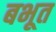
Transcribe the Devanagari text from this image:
बभूत